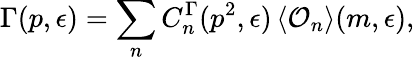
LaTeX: \Gamma(p,\epsilon)=\sum_{n}C_{n}^{\Gamma}(p^{2},\epsilon)\, \langle{\cal O}_{n}\rangle(m,\epsilon),